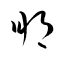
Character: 朋